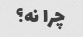
چرا نه؟